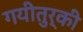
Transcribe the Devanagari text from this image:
गयीतुर्की